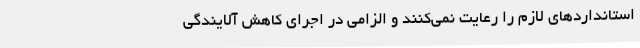
استانداردهای لازم را رعایت نمی‌کنند و الزامی در اجرای کاهش آلایندگی